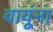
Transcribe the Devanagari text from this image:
वायूंना